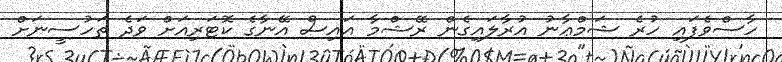
ހާސްވެފައި ހުރެ ޝަމްޢާނު އުރާލައިގެން ރޭޝްމާ އައިސް އޭނާގެ ކޮޓަރިއަށް ވަދެ ތަހުސީނަށް